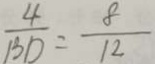
\frac { 4 } { B D } = \frac { 8 } { 1 2 }